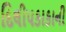
દિલીપકાકાની